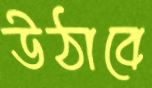
উঠাবে